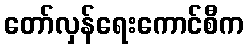
တော်လှန်ရေးကောင်စီက